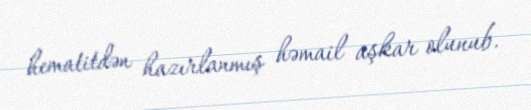
hematitdən hazırlanmış həmail aşkar olunub.